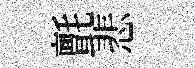
氈悲